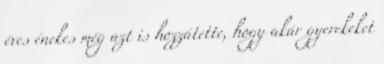
éves énekes még azt is hozzátette, hogy akár gyerekeket